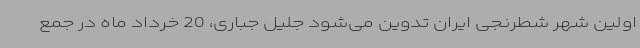
اولین شهر شطرنجی ایران تدوین می‌شود جلیل جباری، 20 خرداد ماه در جمع